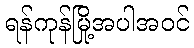
ရန်ကုန်မြို့အပါအဝင်